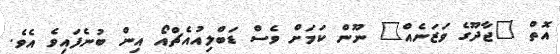
އޮތް "ޖާދޫގެ ވަޒަނެއް" ނޫން ކަމަށް ވެސް ޑަބްލިއުއެޗްއޯ އިން ބުނެފައިވެ އެވެ.